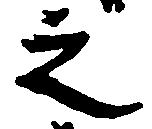
之